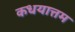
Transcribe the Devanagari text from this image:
कधयात्तम